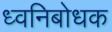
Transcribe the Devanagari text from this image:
ध्वनिबोधक